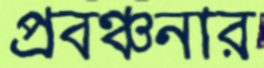
প্রবঞ্চনার